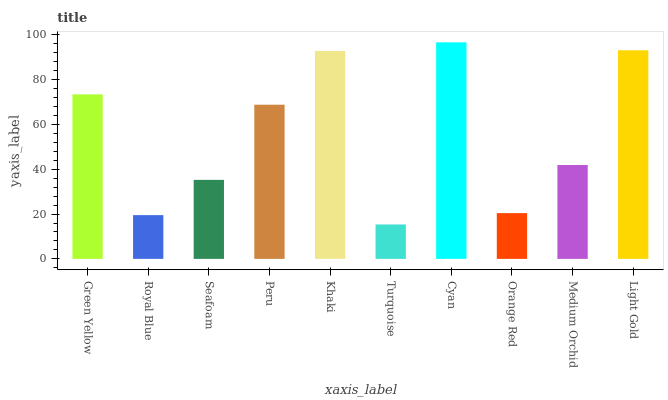
| xaxis_label | bars |
 | --- | --- |
 | Green Yellow | 73.4 |
 | Royal Blue | 19.5 |
 | Seafoam | 35.3 |
 | Peru | 68.8 |
 | Khaki | 92.8 |
 | Turquoise | 15.4 |
 | Cyan | 96.6 |
 | Orange Red | 20.4 |
 | Medium Orchid | 41.9 |
 | Light Gold | 93.1 |